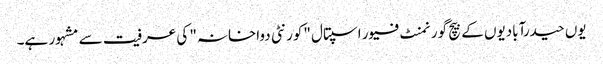
یوں حیدرآبادیوں کے بیچ گورنمنٹ فیور اسپتال "کورنٹی دواخانہ" کی عرفیت سے مشہور ہے۔